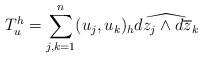
LaTeX: \begin{align*} T^h_u=\sum^n_{j,k=1}(u_j,u_k)_h\widehat{dz_j\wedge d\overline{z}_k}\end{align*}